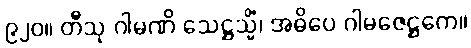
၉၂၀။ တီသု ဂါမဏိ သေဋ္ဌသ္မိံ၊ အဓိပေ ဂါမဇေဋ္ဌကေ။